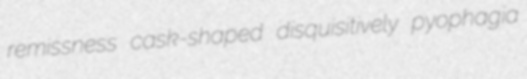
remissness cask-shaped disquisitively pyophagia